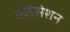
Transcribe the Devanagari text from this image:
कंडेसेशन